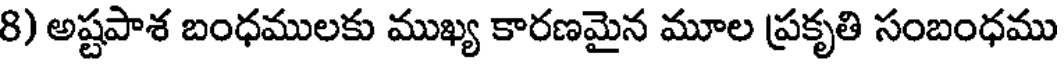
8) అష్టపాశ బంధములకు ముఖ్య కారణమైన మూల ప్రకృతి సంబంధము